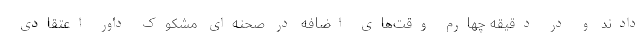
دادند و در دقیقه چهارم وقت‌های اضافه در صحنه‌ای مشکوک داور اعتقادی